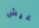
عيش